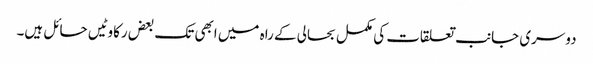
دوسری جانب تعلقات کی مکمل بحالی کے راہ میں ابھی تک بعض رکاوٹیں حائل ہیں۔